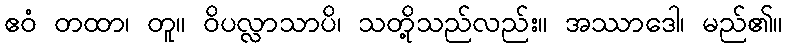
ဧဝံ တထာ၊ တူ။ ဝိပလ္လာသာပိ၊ သတို့သည်လည်း။ အဿာဒေါ၊ မည်၏။